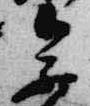
参